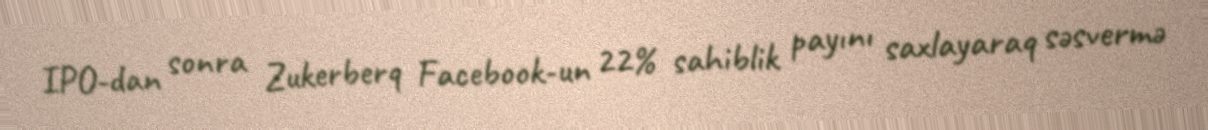
IPO-dan sonra Zukerberq Facebook-un 22% sahiblik payını saxlayaraq səsvermə